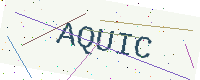
Text: AQUIC